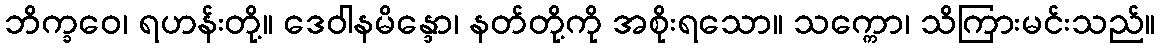
ဘိက္ခဝေ၊ ရဟန်းတို့။ ဒေဝါနမိန္ဒော၊ နတ်တို့ကို အစိုးရသော။ သက္ကော၊ သိကြားမင်းသည်။